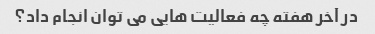
در آخر هفته چه فعالیت هایی می توان انجام داد؟